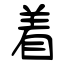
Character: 着